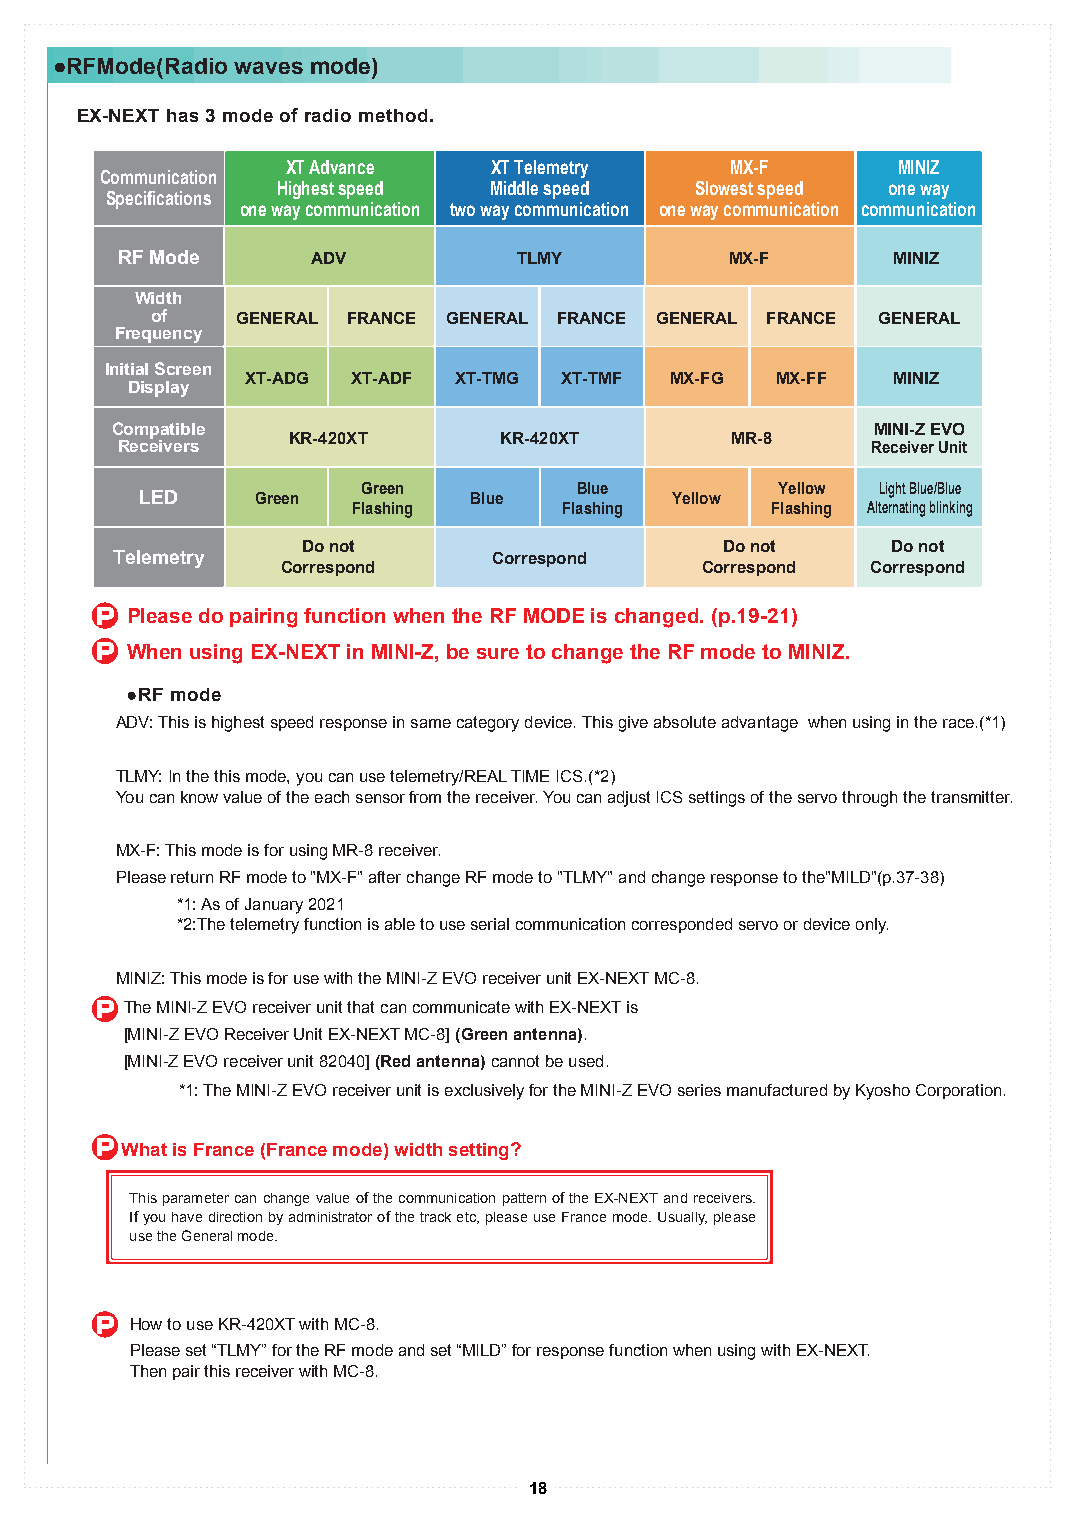
●RFMode(Radio waves mode)
 EX-NEXT has 3 mode of radio method.
 XT Advance   XT Telemetry    MX-F       MINIZ
 Communication
 Highest speed Middle speed  Slowest speed one way
 Specifications
 one way communication two way communication one way communication communication
 RF Mode      ADV          TLMY          MX-F       MINIZ
 Width
 of    GENERAL FRANCE GENERAL FRANCE GENERAL FRANCE GENERAL
 Frequency
 Initial Screen
 XT-ADG XT-ADF XT-TMG XT-TMF MX-FG  MX-FF   MINIZ
 Display
 Compatible                                         MINI-Z EVO
 KR-420XT      KR-420XT       MR-8
 Receivers                                         Receiver Unit
 Green         Blue          Yellow Light Blue/Blue
 LED     Green         Blue         Yellow
 Flashing      Flashing      Flashing Alternating blinking
 Do not                      Do not     Do not
 Telemetry                 Correspond
 Correspond                 Correspond  Correspond
 P Please do pairing function when the RF MODE is changed. (p.19-21)
 P When using EX-NEXT in MINI-Z, be sure to change the RF mode to MINIZ.
 ●RF mode
 ADV: This is highest speed response in same category device. This give absolute advantage when using in the race.(*1)
 TLMY: In the this mode, you can use telemetry/REAL TIME ICS.(*2)
 You can know value of the each sensor from the receiver. You can adjust ICS settings of the servo through the transmitter.
 MX-F: This mode is for using MR-8 receiver.
 Please return RF mode to "MX-F" after change RF mode to "TLMY" and change response to the"MILD"(p.37-38)
 *1: As of January 2021
 *2:The telemetry function is able to use serial communication corresponded servo or device only.
 MINIZ: This mode is for use with the MINI-Z EVO receiver unit EX-NEXT MC-8.
 P The MINI-Z EVO receiver unit that can communicate with EX-NEXT is
 [MINI-Z EVO Receiver Unit EX-NEXT MC-8] (Green antenna).
 [MINI-Z EVO receiver unit 82040] (Red antenna) cannot be used.
 *1: The MINI-Z EVO receiver unit is exclusively for the MINI-Z EVO series manufactured by Kyosho Corporation.
 P What is France (France mode) width setting?
 This parameter can change value of the communication pattern of the EX-NEXT and receivers.
 If you have direction by administrator of the track etc, please use France mode. Usually, please
 use the General mode.
 P  How to use KR-420XT with MC-8.
 Please set “TLMY” for the RF mode and set “MILD” for response function when using with EX-NEXT.
 Then pair this receiver with MC-8.
 18